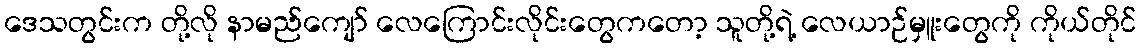
ဒေသတွင်းက တို့လို နာမည်ကျော် လေကြောင်းလိုင်းတွေကတော့ သူတို့ရဲ့ လေယာဉ်မှူးတွေကို ကိုယ်တိုင်